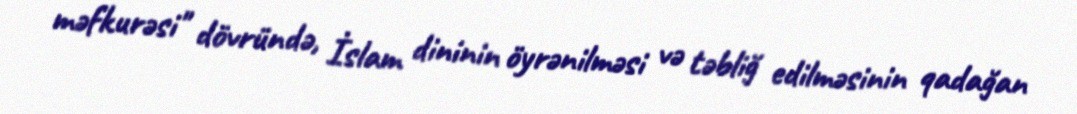
məfkurəsi" dövründə, İslam dininin öyrənilməsi və təbliğ edilməsinin qadağan